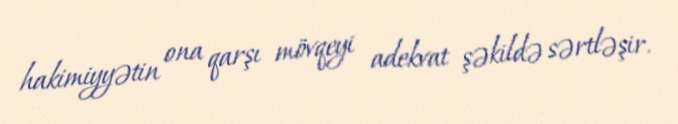
hakimiyyətin ona qarşı mövqeyi adekvat şəkildə sərtləşir.